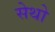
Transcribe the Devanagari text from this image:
सेथो